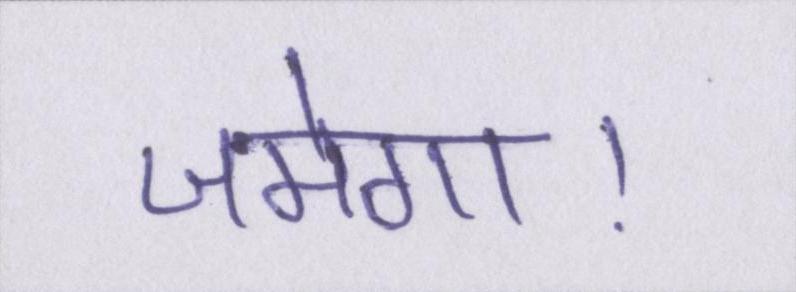
जमेगा।